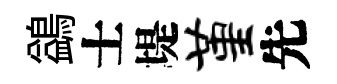
鷁士堤堇先